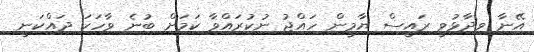
އޭނާ ވިދާޅުވީ ރައީސް ޔާމީން ހައްޖު ނުކުރައްވާ ކަމަށް ބުނެ ވާހަކަ ދައްކަނީ